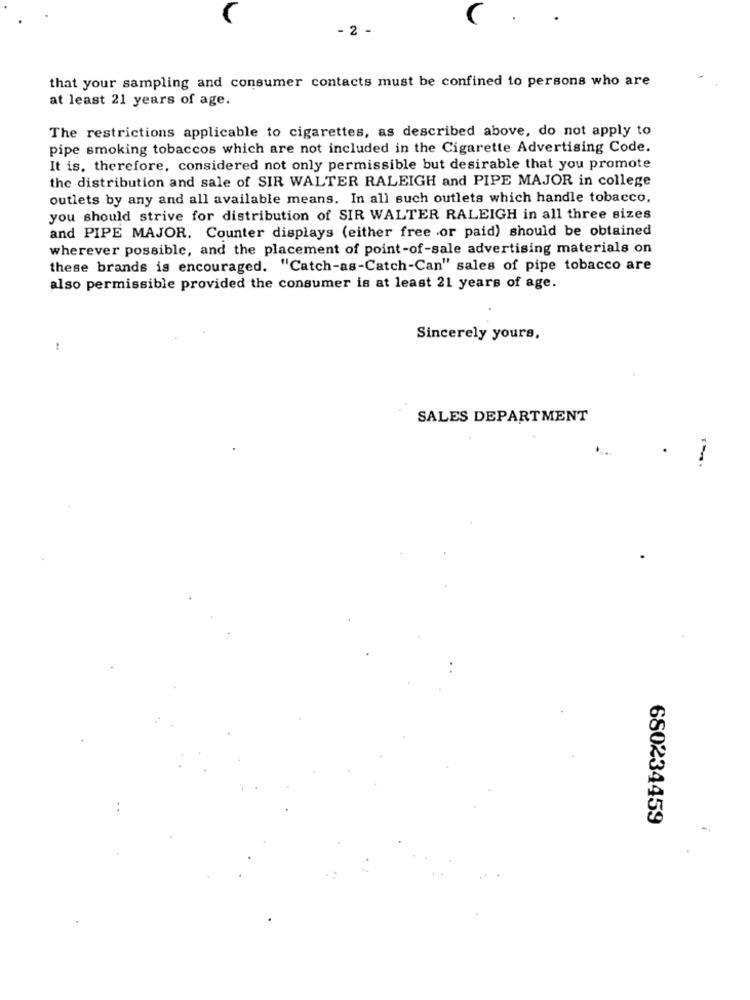
- 2
that your sampling and consumer contacts must be confined to persons who are
at least 21 years of age.
The restrictions applicable to cigarettes, as described above, do not apply to
pipe smoking tobaccos which are not included in the Cigarette Advertising Code.
It is, therefore, considered not only permissible but desirable that you promote
the distribution and sale of SIR WALTER RALEIGH and PIPE MAJOR in college
outlets by any and all available means. In all such outlets which handle tobacco,
you should strive for distribution of SIR WALTER RALEIGH in all three sizes
and PIPE MAJOR. Counter displays (either free .or paid) should be obtained
wherever possible, and the placement of point-of-sale advertising materials on
these brands is encouraged. "Catch-as-Catch-Can" sales of pipe tobacco are
also permissible provided the consumer is at least 21 years of age.
Sincerely yours,
:
SALES DEPARTMENT
680234459
-